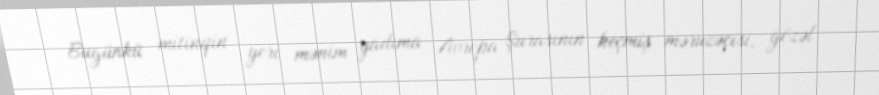
Bugünkü mitinqin yeri mənim yadıma Avropa Şurasının keçmiş məruzəçisi, gözəl